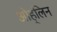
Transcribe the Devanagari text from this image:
ओह्‌लिन